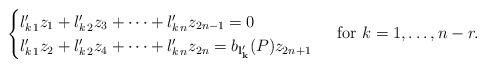
LaTeX: \begin{align*} \begin{cases} l'_{k\,1} z_1 + l'_{k\,2} z_3+ \cdots + l'_{k\,n} z_{2n-1}=0 & \\ l'_{k\,1} z_2+ l'_{k\,2} z_4 +\cdots +l'_{k\,n} z_{2n}= b_{\mathbf {l'_k}}(P) z_{2n+1} \end{cases} \mbox{ for } k=1, \ldots, n-r. \end{align*}